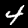
Label: 4